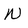
Character: N